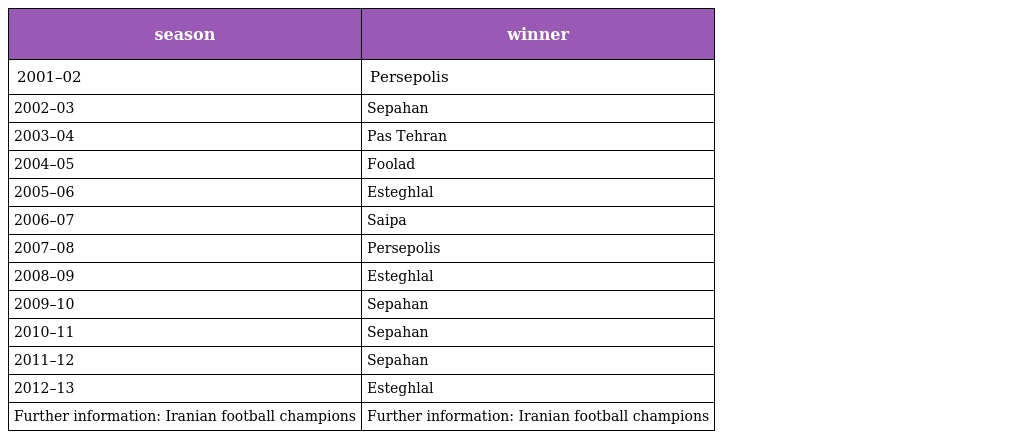
| season | winner |
 | --- | --- |
 | 2001–02 | Persepolis |
 | 2002–03 | Sepahan |
 | 2003–04 | Pas Tehran |
 | 2004–05 | Foolad |
 | 2005–06 | Esteghlal |
 | 2006–07 | Saipa |
 | 2007–08 | Persepolis |
 | 2008–09 | Esteghlal |
 | 2009–10 | Sepahan |
 | 2010–11 | Sepahan |
 | 2011–12 | Sepahan |
 | 2012–13 | Esteghlal |
 | Further information: Iranian football champions | Further information: Iranian football champions |